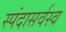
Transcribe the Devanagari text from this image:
स्पंदासर्वस्व